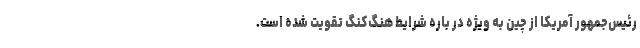
رئیس‌جمهور آمریکا از چین به ویژه در باره شرایط هنگ‌کنگ تقویت شده است.